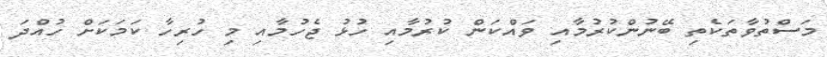
މަސްތުވާތަކެތި ބޭނުންކުރުމާއި ވައްކަން ކުރުމާއި ހުޅު ޖެހުމާއި މި ހުރިހާ ކަމަކަށް ހުއްދަ